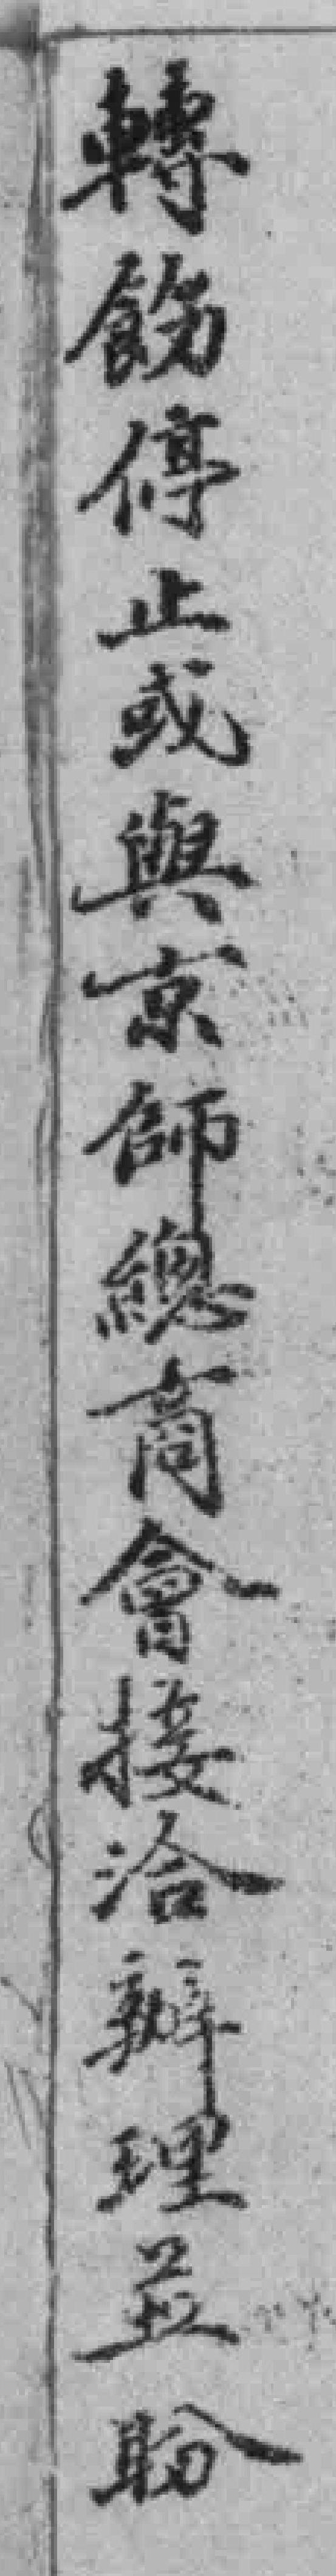
轉飭停止或與京師總商會接洽辦理並盼